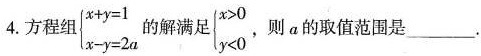
4.方程组$$\begin{cases}